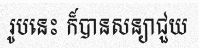
រូបនេះ ក៏បានសន្យាជួយ